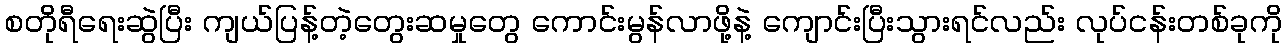
စတိုရီရေးဆွဲပြီး ကျယ်ပြန့်တဲ့တွေးဆမှုတွေ ကောင်းမွန်လာဖို့နဲ့ ကျောင်းပြီးသွားရင်လည်း လုပ်ငန်းတစ်ခုကို